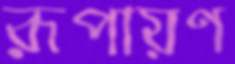
রূপায়ণ